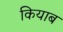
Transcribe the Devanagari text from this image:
कियाब